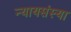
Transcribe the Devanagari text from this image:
न्यायसंस्या